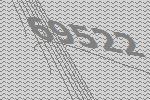
69522